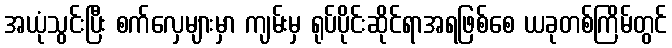
အယုံသွင်းပြီး စက်လှေများမှာ ကျမ်းမှ ရုပ်ပိုင်းဆိုင်ရာအရဖြစ်စေ ယခုတစ်ကြိမ်တွင်